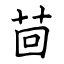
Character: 茴